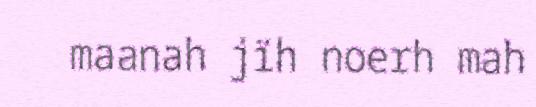
maanah jïh noerh mah